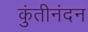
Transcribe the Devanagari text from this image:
कुंतीनंदन